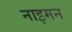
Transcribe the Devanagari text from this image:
नाइमन